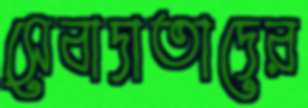
সেবাদাতাদের